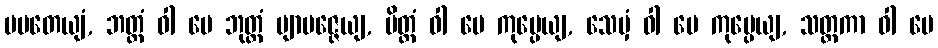
ပပတေယျံ, ဘတ္တံ ဝါ မေ ဘုတ္တံ ဗျာပဇ္ဇေယျ, ပိတ္တံ ဝါ မေ ကုပ္ပေယျ, သေမှံ ဝါ မေ ကုပ္ပေယျ, သတ္ထကာ ဝါ မေ